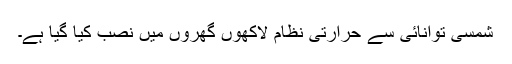
شمسی توانائی سے حرارتی نظام لاکھوں گھروں میں نصب کیا گیا ہے۔